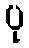
ပု